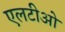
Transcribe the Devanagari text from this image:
एलटीओ